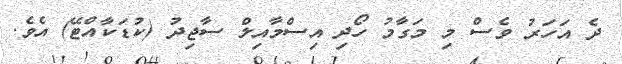
ދެ އަހަރު ވެސް މި މަގާމު ހޯދި އިސްމާއިލް ސާޖިދު (ކުޑަކާއްޓޭ) އެވެ.